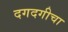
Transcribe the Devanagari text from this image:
दगदगीचा